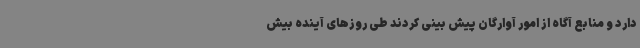
دارد و منابع آگاه از امور آوارگان پیش بینی کردند طی روزهای آینده بیش